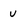
Character: U